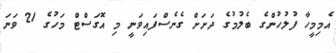
އެމިމީހާ ފުލުހުންގެ ބެލުމުގެ ދަށަށް ގެނެސްފައިވަނީ މި އޮގަސްޓް މަހުގެ 21 ވަނަ